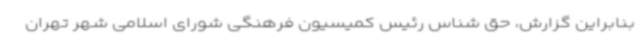
بنابراین گزارش، حق شناس رئیس کمیسیون فرهنگی شورای اسلامی شهر تهران